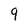
Character: 9